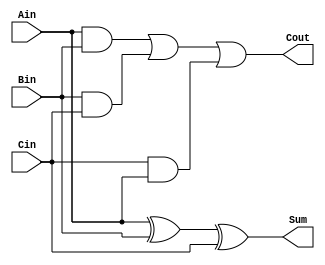
module full_adder_1bit_struct
  (

   input                     Ain,
   input                     Bin,
   input                     Cin,

   output                    Sum,
   output                    Cout
  );

  assign Sum  = Ain ^ Bin ^ Cin;
  assign Cout = (Ain & Bin) | (Bin & Cin) | (Cin & Ain);

endmodule